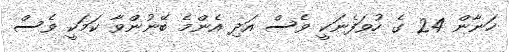
ހަނާން 24 ގެ ހުވަފެނަކީ ވެސް އަދި އެންމެ ބޭނުންވާ ކަމަކީ ވެސް